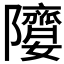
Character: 𨽘